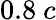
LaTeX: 0.8~c